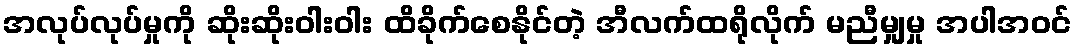
အလုပ်လုပ်မှုကို ဆိုးဆိုးဝါးဝါး ထိခိုက်စေနိုင်တဲ့ အီလက်ထရိုလိုက် မညီမျှမှု အပါအဝင်